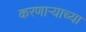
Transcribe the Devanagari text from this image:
करणार्‍याच्या